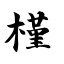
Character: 槿